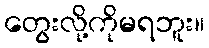
တွေးလို့ကိုမရဘူး။